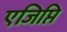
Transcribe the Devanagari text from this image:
एजिप्ति